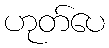
ဟုတ်ပေ